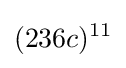
(236c)^{11}